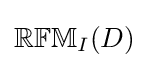
\mathbb {RFM} _{I}(D)